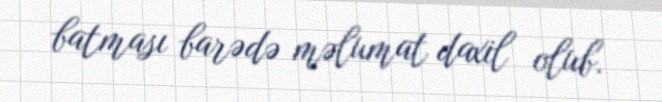
batması barədə məlumat daxil olub.